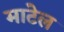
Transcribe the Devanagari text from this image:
माटेल